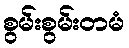
စွမ်းစွမ်းတမံ